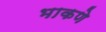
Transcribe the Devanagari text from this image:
भाकणे